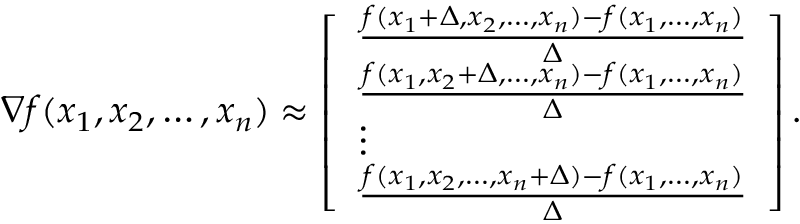
\nabla f ( x _ { 1 } , x _ { 2 } , \ldots , x _ { n } ) \approx \left[ \begin{array} { l } { \frac { f ( x _ { 1 } + \Delta , x _ { 2 } , \ldots , x _ { n } ) - f ( x _ { 1 } , \ldots , x _ { n } ) } { \Delta } } \\ { \frac { f ( x _ { 1 } , x _ { 2 } + \Delta , \ldots , x _ { n } ) - f ( x _ { 1 } , \ldots , x _ { n } ) } { \Delta } } \\ { \vdots } \\ { \frac { f ( x _ { 1 } , x _ { 2 } , \ldots , x _ { n } + \Delta ) - f ( x _ { 1 } , \ldots , x _ { n } ) } { \Delta } } \end{array} \right] .